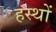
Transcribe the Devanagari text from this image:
हस्थों